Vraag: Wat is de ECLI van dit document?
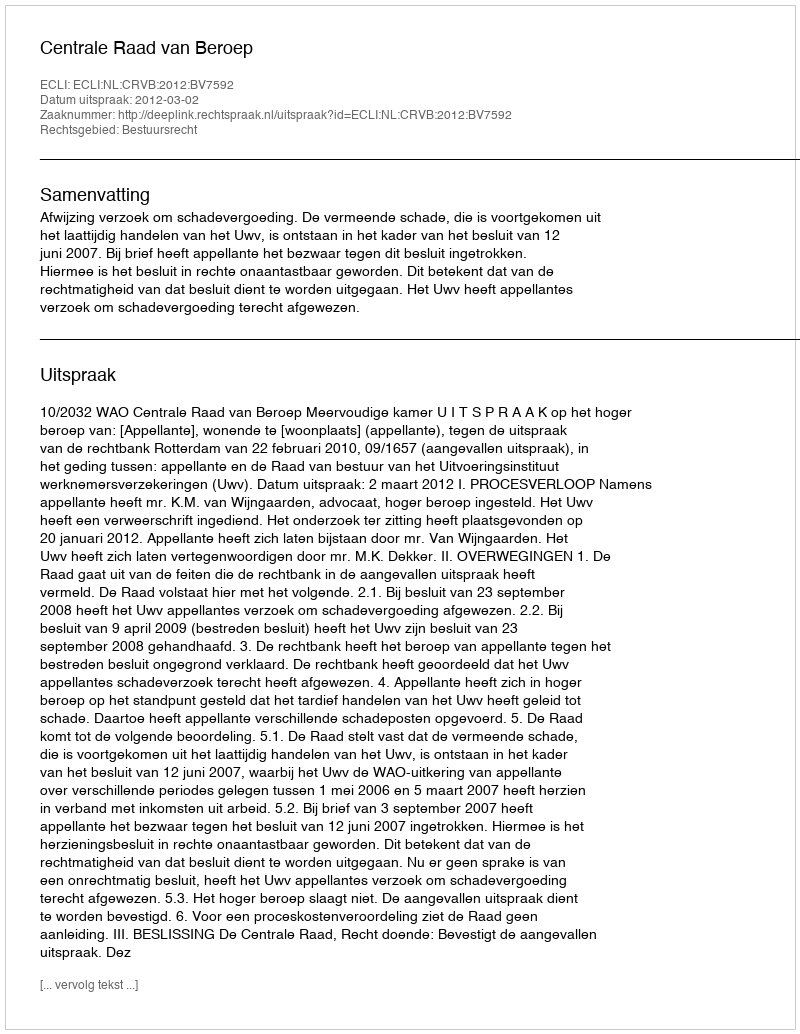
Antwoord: ECLI:NL:CRVB:2012:BV7592